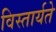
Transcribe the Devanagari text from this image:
विस्तार्यते